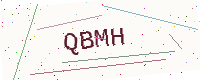
Text: QBMH